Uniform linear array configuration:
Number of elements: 24
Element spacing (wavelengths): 0.25
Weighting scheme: uniform
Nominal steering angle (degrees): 60
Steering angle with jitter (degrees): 59.188
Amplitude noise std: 0.05
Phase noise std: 0.05

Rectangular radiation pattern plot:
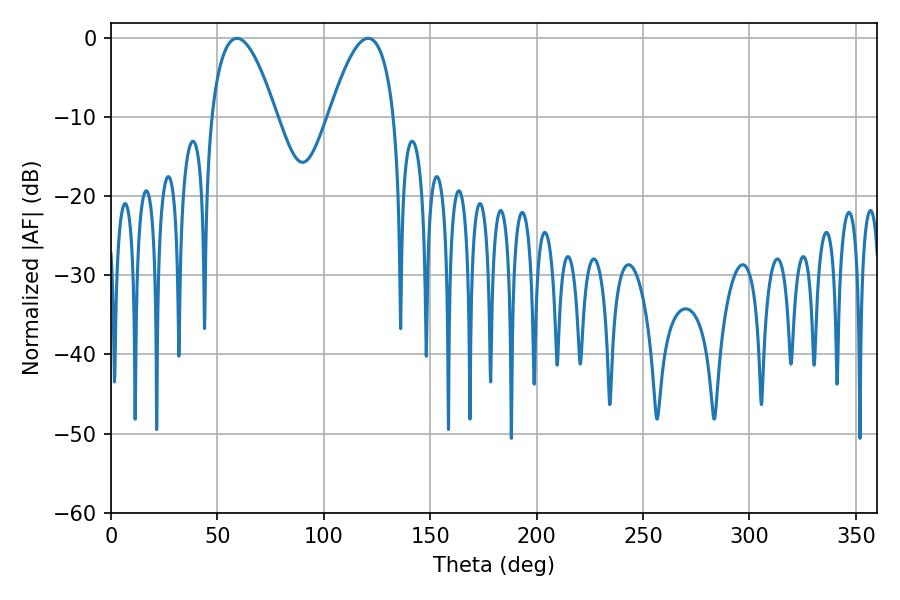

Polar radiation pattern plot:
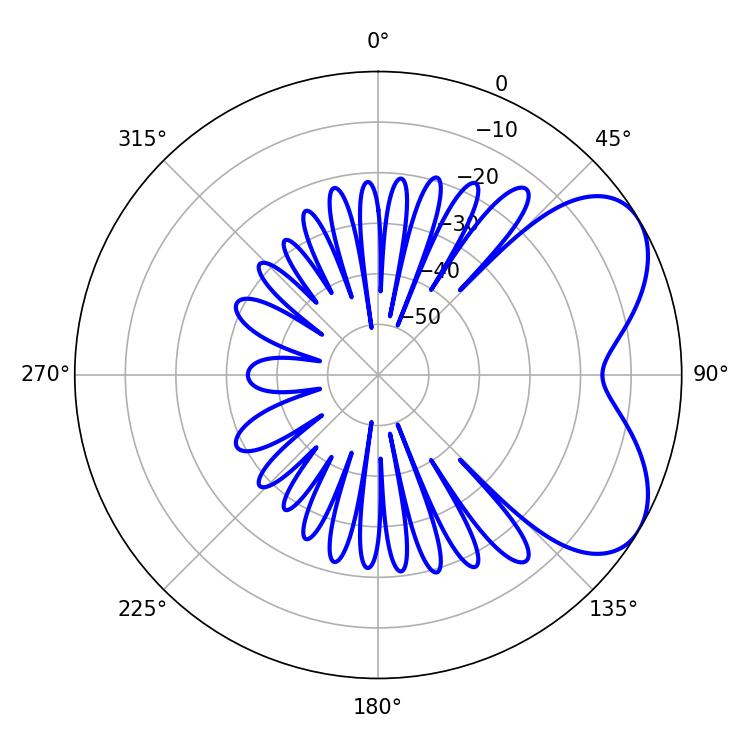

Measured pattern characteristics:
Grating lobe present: FALSE
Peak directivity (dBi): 5.514
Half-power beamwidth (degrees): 16.74
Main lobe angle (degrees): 59.22